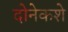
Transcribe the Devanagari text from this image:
दोनेकशे